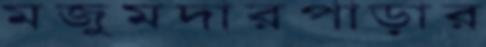
মজুমদারপাড়ার